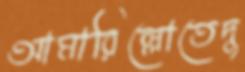
আমারিল্লোতেদু